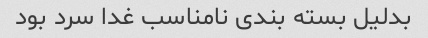
بدلیل بسته بندی نامناسب غدا سرد بود